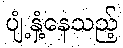
ပျံ့နှံ့နေသည့်